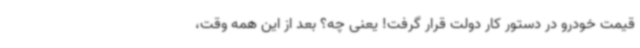
قیمت خودرو در دستور کار دولت قرار گرفت! یعنی چه؟ بعد از این همه وقت،